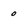
Character: 0